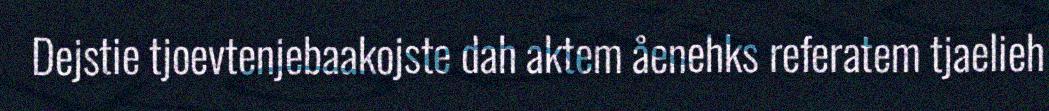
Dejstie tjoevtenjebaakojste dah aktem åenehks referatem tjaelieh